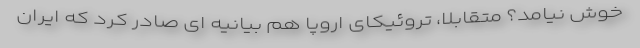
خوش نیامد؟ متقابلا، تروئیکای اروپا هم بیانیه ای صادر کرد که ایران